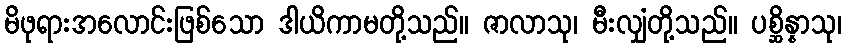
မိဖုရားအလောင်းဖြစ်သော ဒါယိကာမတို့သည်။ ဇာလာသု၊ မီးလျှံတို့သည်။ ပစ္ဆိန္နာသု၊